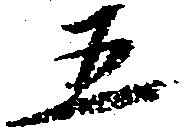
五